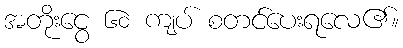
အတိုးငွေ ၆၀ ကျပ် စတင်ပေးရလေ၏။